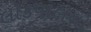
લોકપાલનો